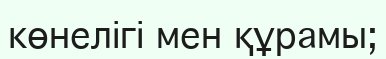
көнелігі мен құрамы;